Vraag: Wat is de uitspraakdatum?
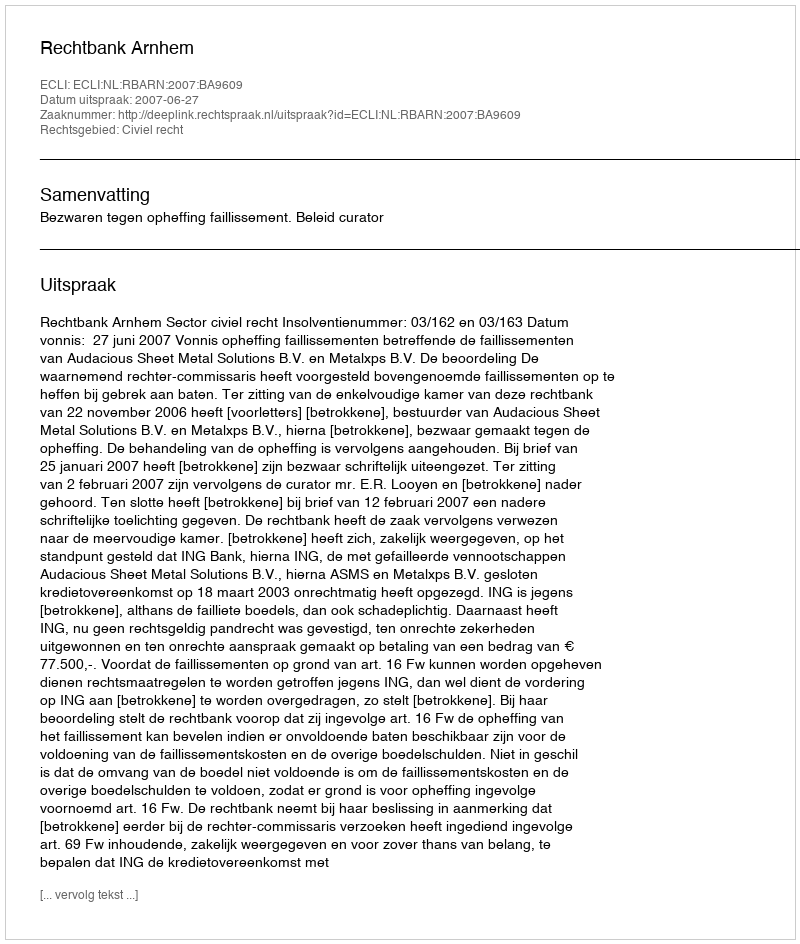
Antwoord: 2007-06-27